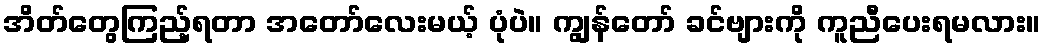
အိတ်တွေကြည့်ရတာ အတော်လေးမယ့် ပုံပဲ။ ကျွန်တော် ခင်ဗျားကို ကူညီပေးရမလား။